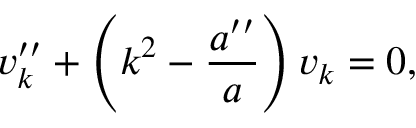
v _ { k } ^ { \prime \prime } + \left( k ^ { 2 } - { \frac { a ^ { \prime \prime } } { a } } \right) v _ { k } = 0 ,